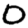
Digit: 0